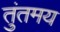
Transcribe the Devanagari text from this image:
तुंतमय